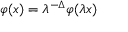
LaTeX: \varphi ( x ) = \lambda ^ { - \Delta } \varphi ( \lambda x )